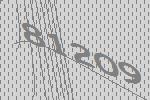
81209